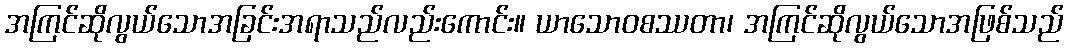
အကြင်ဆိုလွယ်သောအခြင်းအရာသည်လည်းကောင်း။ ယာသောဝစဿတာ၊ အကြင်ဆိုလွယ်သောအဖြစ်သည်